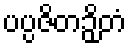
ပပ္ပဇိတဉှိတံ